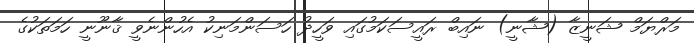
މަރްޔަމް ޝަނީޒާ (ޝާނީ) ނައިބް ރައީސަކަމުގައި ވަހީދު ހަސަންމަނިކު އެހުންނެވީ ޤާނޫނީ ހަމަތަކުގެ